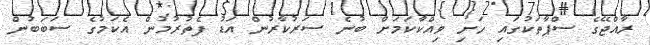
ރާއްޖޭގެ ސްޕާތަކުގައި ހަށި ވިއްކާކަމަށް ބުނެ ސަރުކާރުން އަޑު ފެތުރުމުން އެކަމުގެ ސަބަބުން